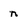
Character: n